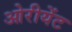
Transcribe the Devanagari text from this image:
ओरीयेंट